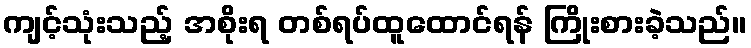
ကျင့်သုံးသည့် အစိုးရ တစ်ရပ်ထူထောင်ရန် ကြိုးစားခဲ့သည်။